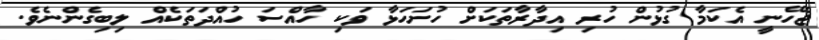
ޖެހޭނީ އެކަމާ ގުޅުން ހުރި އިދާރާތަކަށް ހުށަހަޅާ ވަކި ހާއްސަ ހުއްދަތަކެއް ލިބިގެންނެވެ.